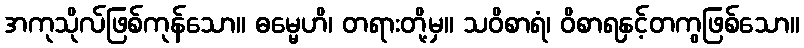
အကုသိုလ်ဖြစ်ကုန်သော။ ဓမ္မေဟိ၊ တရားတို့မှ။ သဝိစာရံ၊ ဝိစာရနှင့်တကွဖြစ်သော။